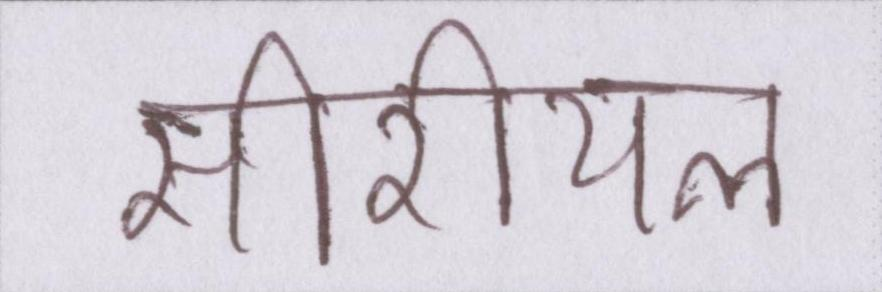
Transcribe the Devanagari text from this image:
सीरीयल